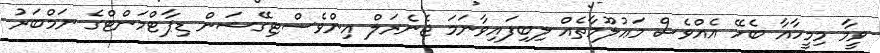
ވީމާ މިމީހާއާ ބެހޭ އެއްވެސް މަޢުލޫމާތެއް ލިބިފައިވާނަމަ ޖެނެރަލް އިންވެސްޓިގޭޝަން ޑިޕާޓްމަންޓްގެ ނަމްބަރު